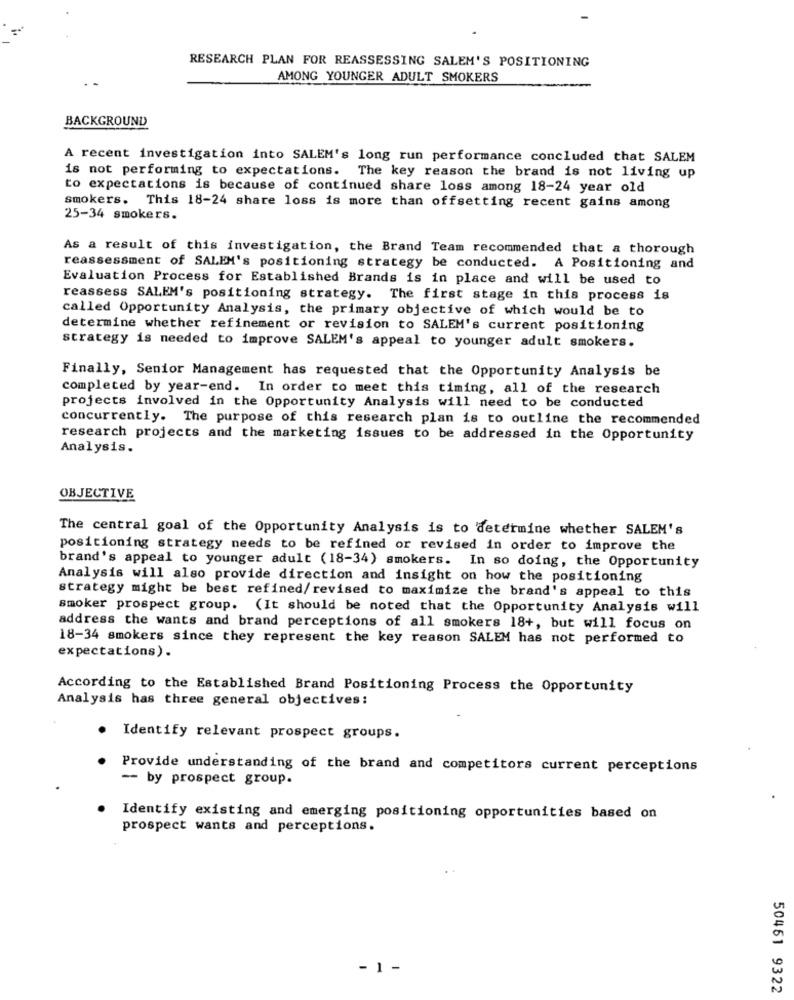
RESEARCH PLAN FOR REASSESSING SALEM'S POSITIONING
AMONG YOUNGER ADULT SMOKERS
BACKGROUND
A recent investigation into SALEM's long run performance concluded that SALEM
is not performing to expectations. The key reason the brand is not living up
to expectations is because of continued share loss among 18-24 year old
smokers. This 18-24 share loss is more than offsetting recent gains among
25-34 smokers.
As a result of this investigation, the Brand Team recommended that a thorough
reassessment of SALEM's positioning strategy be conducted. A Positioning and
Evaluation Process for Established Brands is in place and will be used to
reassess SALEM's positioning strategy. The first stage in this process is
called Opportunity Analysis, the primary objective of which would be to
determine whether refinement or revision to SALEM's current positioning
strategy is needed to improve SALEM's appeal to younger adult smokers.
Finally, Senior Management has requested that the Opportunity Analysis be
completed by year-end. In order to meet this timing, all of the research
projects involved in the Opportunity Analysis will need to be conducted
concurrently. The purpose of this research plan is to outline the recommended
research projects and the marketing issues to be addressed in the Opportunity
Analysis.
OBJECTIVE
The central goal of the Opportunity Analysis is to determine whether SALEM's
positioning strategy needs to be refined or revised in order to improve the
brand's appeal to younger adult (18-34) smokers. In so doing, the Opportunity
Analysis will also provide direction and insight on how the positioning
strategy might be best refined/revised to maximize the brand's appeal to this
smoker prospect group. (It should be noted that the Opportunity Analysis will
address the wants and brand perceptions of all smokers 18+, but will focus on
18-34 smokers since they represent the key reason SALEM has not performed to
expectations) .
According to the Established Brand Positioning Process the Opportunity
Analysis has three general objectives:
Identify relevant prospect groups.
Provide understanding of the brand and competitors current perceptions
- by prospect group.
Identify existing and emerging positioning opportunities based on
prospect wants and perceptions.
- 1 -
50461 9322